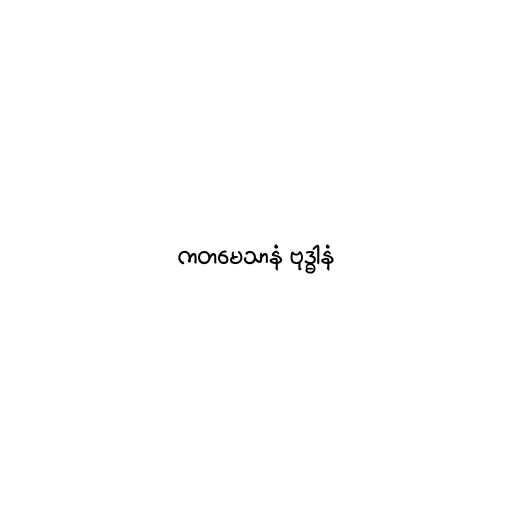
ကတမေသာနံ ဗုဒ္ဓါနံ